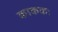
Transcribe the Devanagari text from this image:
काककः